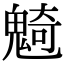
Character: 𩳣